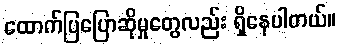
ထောက်ပြပြောဆိုမှုတွေလည်း ရှိနေပါတယ်။